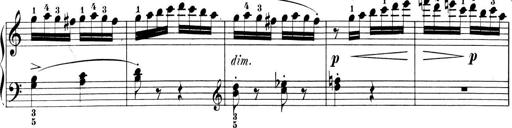
Title: 6 Piano Sonatinas
Composer: Cornelius Gurlitt